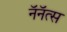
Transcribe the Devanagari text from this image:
नॅनॅत्स